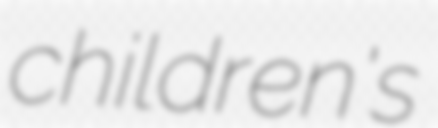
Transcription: children's